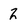
Character: 2